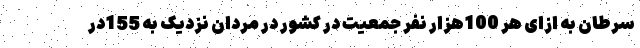
سرطان به ازای هر 100هزار نفر جمعیت در کشور در مردان نزدیک به 155در